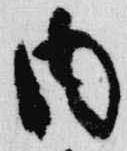
内